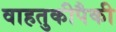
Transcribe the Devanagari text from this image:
वाहतुकीपैकी